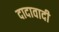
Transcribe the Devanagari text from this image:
दादावादी